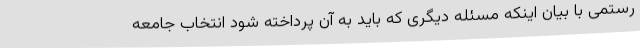
رستمی با بیان اینکه مسئله دیگری که باید به آن پرداخته شود انتخاب جامعه